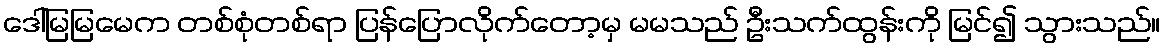
ဒေါ်မြမြမေက တစ်စုံတစ်ရာ ပြန်ပြောလိုက်တော့မှ မမသည် ဦးသက်ထွန်းကို မြင်၍ သွားသည်။